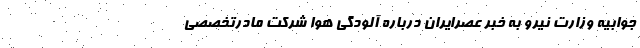
جوابیه وزارت نیرو به خبر عصرایران درباره آلودگی هوا شرکت مادرتخصصی